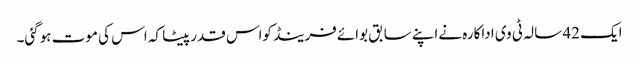
ایک 42 سالہ ٹی وی اداکارہ نےاپنے سابق بوائےفرینڈ کواس قدرپیٹا کہ اس کی موت ہوگئی۔